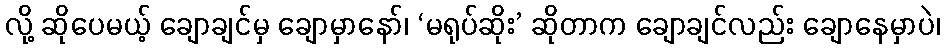
လို့ ဆိုပေမယ့် ချောချင်မှ ချောမှာနော်၊ ‘မရုပ်ဆိုး’ ဆိုတာက ချောချင်လည်း ချောနေမှာပဲ၊